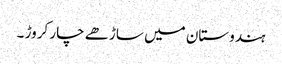
ہندوستان میں ساڑھے چار کروڑ ۔